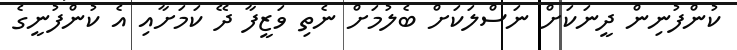
ކުންފުނިން ދީނަކަށް ނަސްލަކަށް ބެލުމަށް ނެތި ވަޒީފާ ދޭ ކަމަށާއި އެ ކުންފުނީގެ